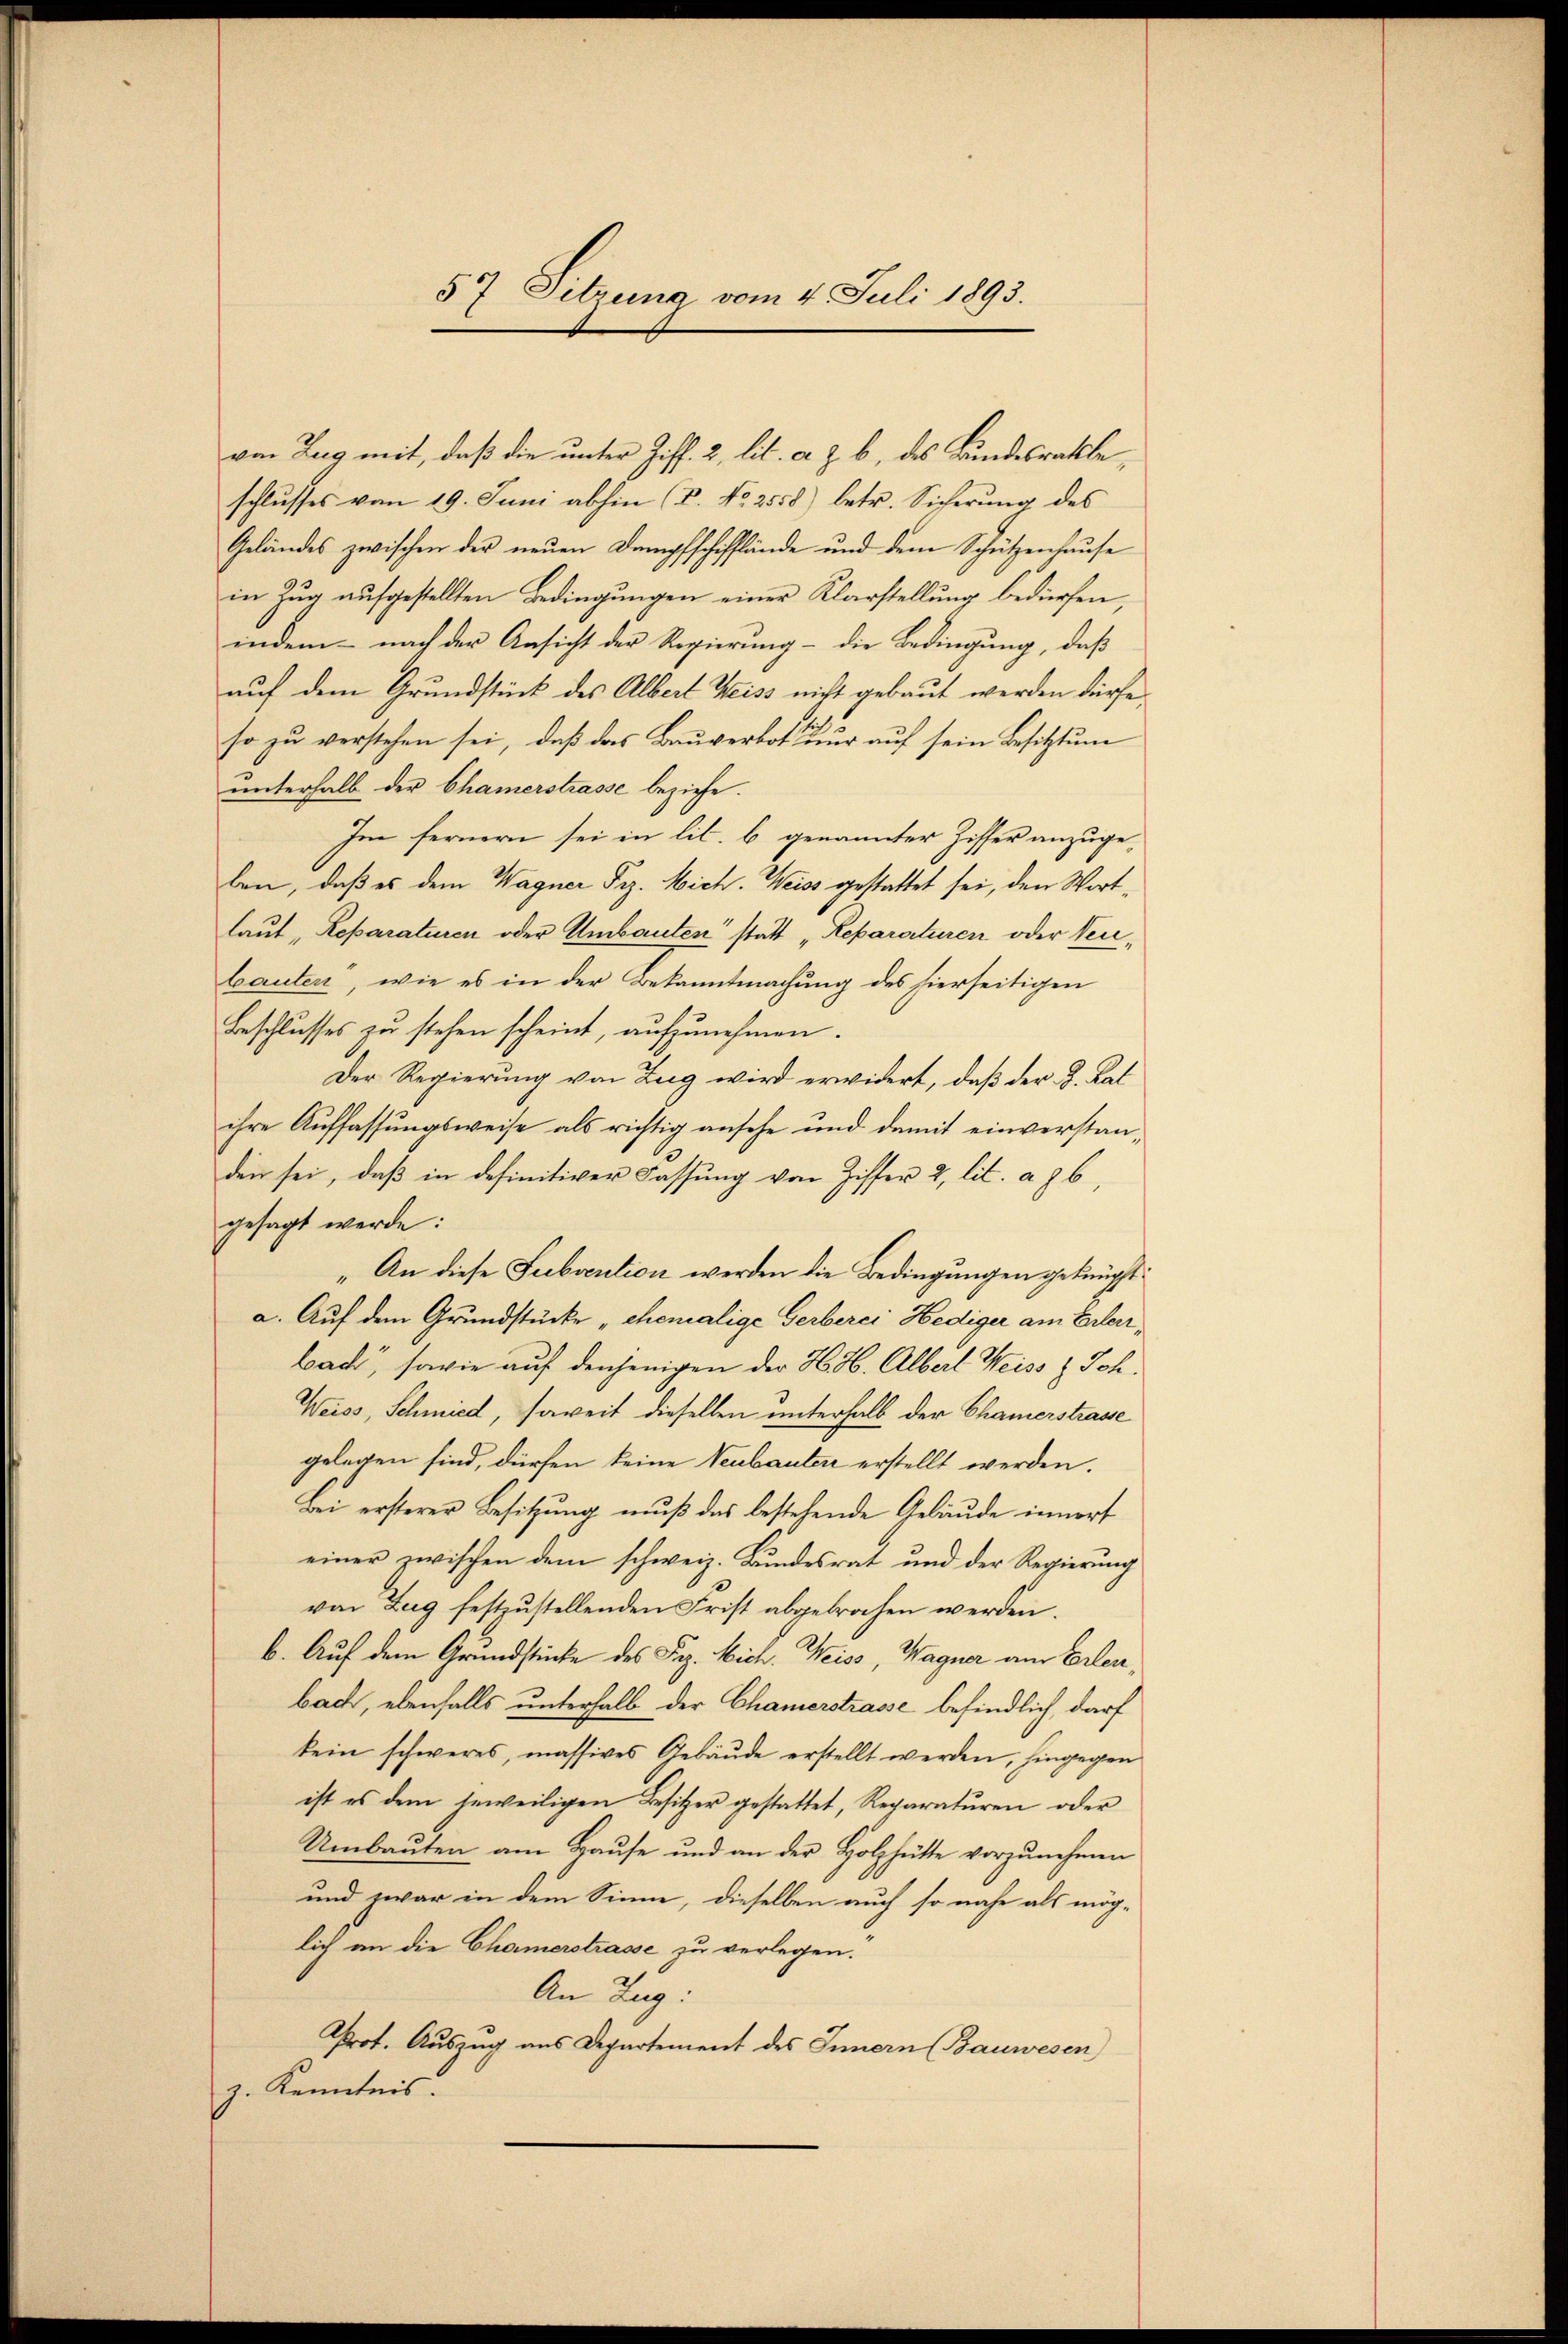
57 Dibruna vom 4. Juli 1893.

von Zug mit, daß die unter Ziff. 2, lit. a z. b., des Bundesrathe
schlusses vom 19. Juni abhin (P. Nr. 2558) betr. Sicherung des
Geländes zwischen der neŭen Dampfschifflände und dem Schützenhaŭse
in Zug aufgestellten Bedingungen einer Klarstellung bedürfen,
indem nach der Ansicht der Regierung - die Bedingung, daß
auf dem Grundstück des Albert Weiss nicht gebaut werden dürfe.
so zu verstehen sei, daß das Bauverbot nur auf sein Besitztung
unterhalb der Chamerstrasse beziehe.
Im fernern sei in lit. b genannter Ziffer anzuge-
ben, daß es dem Wagner Piz. Mich. Weiss gestattet sei, den Wortlaut Reparaturen oder Umbauten statt „Reparaturen oder Neubauten, wie es in der Bekanntmachung des hierseitigen
Beschlusses zu stehen scheint, aufzunehmen.
Der Regierung von Zug wird erwidert, daß der L. Kat
ihre Auffassungsweise als richtig ansehe und damit einverstanden sei, daß in definitiver Fassung von Ziffer 2, lit. a. g. 6,
gesagt werde:
„An diese Subvention werden die Bedingungen geknüpft
a. Auf dem Grundstücke „ehemalige Gerberei Hediger am Erlerbach, sowie auf denjenigen der H. 36. Alberl Weiss & Joh.
Weiss, Schmied, soweit dieselben unterhalb der Chamerstrasse
gelegen sind, dürfen keine Neubauter erstellt werden.
Bei ersterer Besitzung muß das bestehende Gebäude innert
einer zwischen dem schweiz. Bundesrat und der Regierung
von Zug festzustellenden Frist abgebrochen werden.
b. Auf dem Grundstücke des Pag. Mich. Weiss, Wagner am Erlen,
bach, ebenfalls unterhalb der Chamerstrasse befindlich, darf
kein schweres, massives Gebäŭde erstellt werden, hingegen
ist es dem jeweiligen Besitzer gestattet, Reparaturen oder
Umbauten am Hause und an der Holzhütte vorzunehmen
und zwar in dem Sinne, dieselben auch so nahe als mög-
lich an die Chamerstrasse zu verlegen.
An Zug:
Prot. Auszug aus Departement des Innern (Bauwesen
z. Kenntnis.